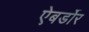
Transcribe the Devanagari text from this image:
ऐबर्डोर